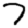
Digit: 7